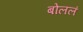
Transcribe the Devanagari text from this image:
बोललं